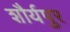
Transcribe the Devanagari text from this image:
शौर्यपुर